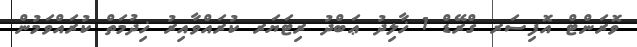
ވޮރަންޓް އޮފިސަރ ގްރޭޑް 1 ޚާލިދު ޢަބްދު ރިޓަޔަރ ކުރައްވާއިރު ޚިދުމަތް ކުރައްވަމުން